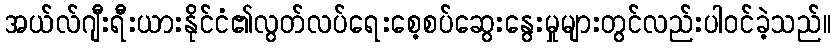
အယ်လ်ဂျီးရီးယားနိုင်ငံ၏လွတ်လပ်ရေးစေ့စပ်ဆွေးနွေးမှုများတွင်လည်းပါဝင်ခဲ့သည်။